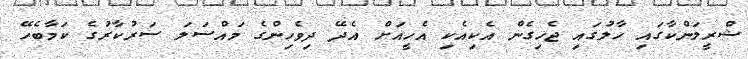
ޝްރީލަންކާގައި ހާލުގައި ޖެހިގެން އެކިއެކި އެހީއަށް އެދޭ ދިވެހިންގެ މައްސަލަ ސަރުކާރުގެ ކަމާބެހޭ